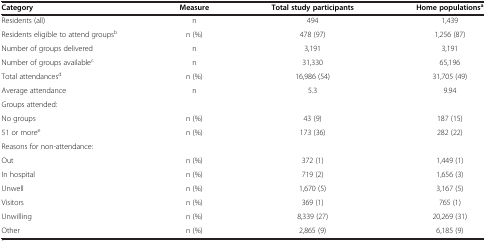
<table><thead><tr><td><b>Category</b></td><td><b>Measure</b></td><td><b>Total study participants</b></td><td><b>Home populations<sup>a</sup></b></td></tr></thead><tbody><tr><td>Residents (all)</td><td>n</td><td>494</td><td>1,439</td></tr><tr><td>Residents eligible to attend groups<sup>b</sup></td><td>n (%)</td><td>478 (97)</td><td>1,256 (87)</td></tr><tr><td>Number of groups delivered</td><td>n</td><td>3,191</td><td>3,191</td></tr><tr><td>Number of groups available<sup>c</sup></td><td>n</td><td>31,330</td><td>65,196</td></tr><tr><td>Total attendances<sup>d</sup></td><td>n (%)</td><td>16,986 (54)</td><td>31,705 (49)</td></tr><tr><td>Average attendance</td><td>n</td><td>5.3</td><td>9.94</td></tr><tr><td>Groups attended:</td><td> </td><td> </td><td> </td></tr><tr><td>No groups</td><td>n (%)</td><td>43 (9)</td><td>187 (15)</td></tr><tr><td>51 or more<sup>e</sup></td><td>n (%)</td><td>173 (36)</td><td>282 (22)</td></tr><tr><td>Reasons for non-attendance:</td><td> </td><td> </td><td> </td></tr><tr><td>Out</td><td>n (%)</td><td>372 (1)</td><td>1,449 (1)</td></tr><tr><td>In hospital</td><td>n (%)</td><td>719 (2)</td><td>1,656 (3)</td></tr><tr><td>Unwell</td><td>n (%)</td><td>1,670 (5)</td><td>3,167 (5)</td></tr><tr><td>Visitors</td><td>n (%)</td><td>369 (1)</td><td>765 (1)</td></tr><tr><td>Unwilling</td><td>n (%)</td><td>8,339 (27)</td><td>20,269 (31)</td></tr><tr><td>Other</td><td>n (%)</td><td>2,865 (9)</td><td>6,185 (9)</td></tr></tbody></table>